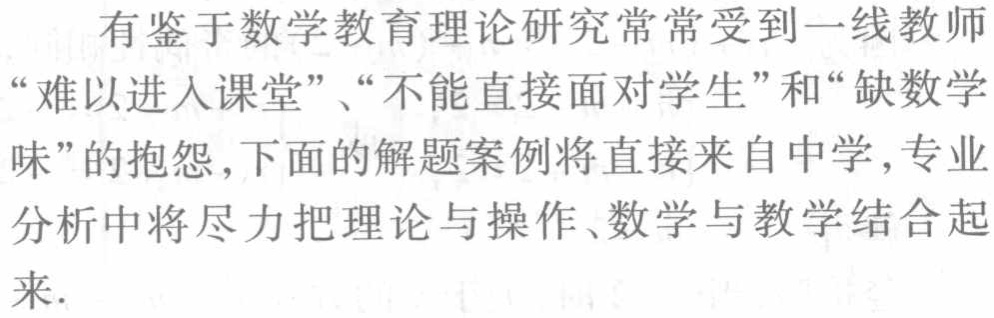
有鉴于数学教育理论研究常常受到一线教师“难以进入课堂”、“不能直接面对学生”和“缺数学味”的抱怨, 下面的解题案例将直接来自中学, 专业分析中将尽力把理论与操作、数学与教学结合起来.